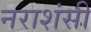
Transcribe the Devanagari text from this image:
नराशंसी